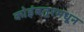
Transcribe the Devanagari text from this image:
कोइंबतूरमधून